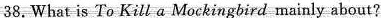
38.What is To Kill a Mockingbird mainly about?